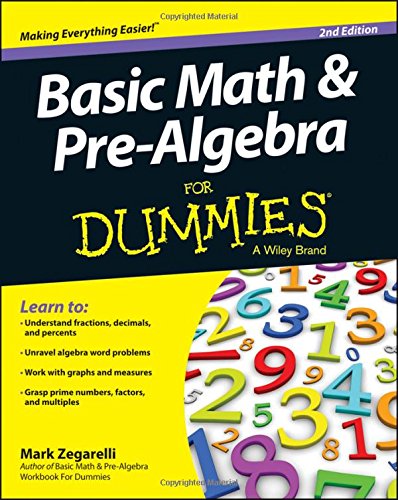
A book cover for Basic Math and Pre-Algebra For Dummies; Mark Zegarelli; Science & Math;